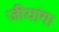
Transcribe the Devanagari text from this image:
जीयांग।